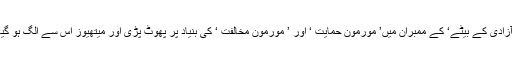
’ آزادی کے بیٹے‘ کے ممبران میں’ مورمون حمایت ‘ اور ’ مورمون مخالفت ‘ کی بنیاد پر پھوٹ پڑی اور میتھیوز اس سے الگ ہو گیا ۔